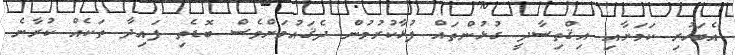
އެބަހުރި ކަމަށާއި އިޤްތިސާދީ ގުޅުންތައް ފުޅާކުރުމުން ދެޤައުމަށްވެސް ބޮޑެތި ފައިދާ ތަކެއް ކުރާނެ